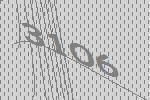
3106